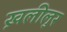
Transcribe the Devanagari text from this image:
ख़लीलुर